Civil Veterinary Dept. Assam report 1911-1927 - 1911-1927
Year: 1911
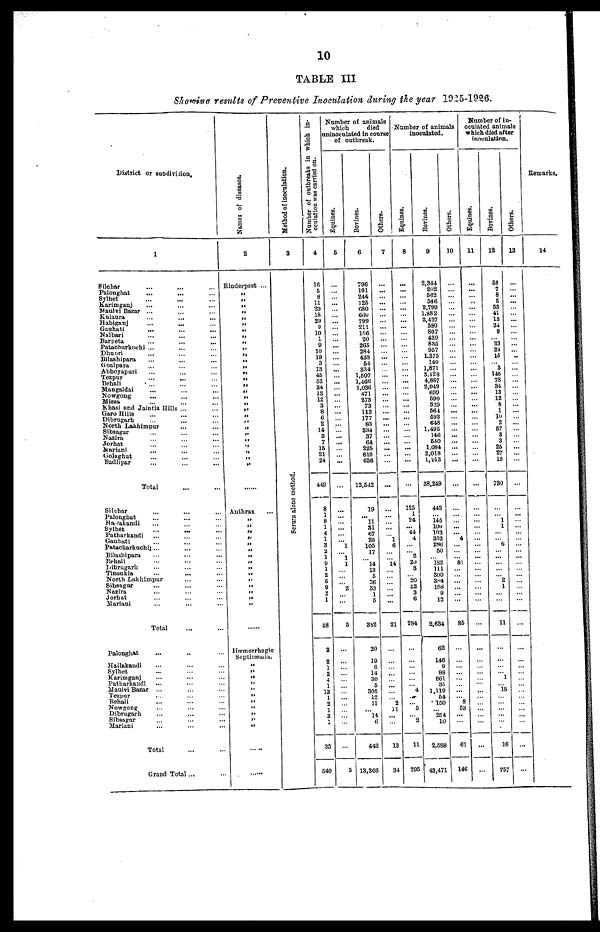
10
TABLE III
Showing results of Preventive Inoculation during the year 1925-1926.
District or subdivision.
1
Silchar … … …
Palonghat … … …
Sylhet … … …
Karimganj … … …
Maulvi Bazar ... … …
Kulaura … … … …
Habiganj … … …
Nalbari … … …
Barpeta … … …
Patacharkuchi ... … …
Dhubri
... … …
Bilashipara … … …
Goalpara … … …
Abhoyapuri … … …
Tezpur … … …
Behali … … …
Mangaldai … … …
Nowgong … … …
Missa … … …
Khasi and Jaintia Hills ... … …
Garo Hills … … …
Dibrugarh … … …
North Lakhimpur … …
Sibsagar … … …
Nazira … … …
Jorhat
...
…
...
Mariani … … …
Golaghat
...
...
...
Badlipar … … …
Total ... ...
Silchar … … …
Palonghat … … …
Haiakandi … … …
Sylhet … … …
Patharkandi … … …
Gauhati … … …
Patacharkuchi ... … …
Bilashipara … … …
Behali … … …
Librugarh … … …
Tinsukia … … …
North Lakhimpur … …
Sibsagar … … …
Nazira … … …
Jorhat … … …
Mariani … … …
Total
Palonghat … … …
Hailakandi … … …
Sylhet … … …
Karimganj … … …
Patharkandi … … …
Maulvi Bazar ... … …
Tezpur … … …
Behali … … …
Nowgong … … …
Dibrugarh … … …
Sibsagar … … …
Mariani … … …
Total ... ...
Grand Total ... ...
Na me s of di s eas es .
2
Rinderpest ...
„
„
„
„
„
„
„
„
„
......
Anthrax ...
Hæmorrhagic
Septicæmia.
......
......
Method of inoculation.
3
…
Serum al one met hod.
Number of outbreaks in which in-
oculation was carried on.
4
16
5
8
11
29
18
23
9
10
1
9
10
19
3
13
45
62
34
13
12 3
8
6
2
14
3 7
16
21
24
449
8
1
8
1
4
1
3
2
1
9
1
2
5
9
2
1
58
2
2
1
2
4
1
13
1
2
1
3
1
33
540
Number of animals
which
died
unioculated in course
of outbreak.
Equines.
5
…
…
…
…
…
…
…
…
…
…
…
…
…
…
…
...
…
…
…
…
...
1
...
1
1
...
...
...
2
...
...
5
...
...
...
...
...
...
...
...
...
...
...
...
...
5
Bovines.
6
706
1,036
471
273
73
113
177
83
334
37
64
225
810
636
12,542
19
11
81
67
25
105
17
...
14
13
5
36
33
5
382
20
10
6
14
30
5
305
12
41
...
14
6
442
13,366
Others.
7
…
…
…
…
… ... …
…
…
…
…
…
…
… ...
...
…
…
…
…
1
6
...
...
14
...
...
...
...
...
...
21
...
...
...
...
...
...
...
...
2
11
...
...
13
34
Number of animals
inoculated.
Equines.
8
…
…
…
…
… ... …
…
…
…
…
…
…
… ...
125
1
24
... 44
4
...
...
2
20
3
20
32
3
6
284
...
...
...
...
...
...
4
...
...
5
...
2
11
205
Bovines.
9
2,344
262
562
546
2,799
1.882
2,427
380
807
439
835
957
1,375
140
1,871
3.128
4,867
2,049
699
590
329
564 593
648
1,495
146
540
1,084
2,018
1,913
38,249
442
145
100
103
352
286
50
...
182
111
300
384
158
9
12
2,634
62
146
9
88
661
30
1,110
54
150
254
10
2,588
43,471
Others.
10
...
…
…
…
… ...
…
…
…
…
…
…
…
… ...
...
…
…
…
…
4
...
...
...
81
...
...
...
...
...
...
86
...
...
...
...
...
8 53
...
...
61
146
Number of in-
oculated animals
which died after
inoculation.
Equines.
11
...
…
…
…
… ...
…
…
…
…
…
…
…
… ...
...
…
…
…
…
...
...
... ...
...
...
...
...
...
...
...
...
...
...
...
...
...
...
...
...
...
...
...
...
Bovines.
12
58
7
8
5
53
41
13
34
9
... 23
24
15
3
146
78
34
13
12
8
1
... 10
2
67
3
3
26
27
13
780
...
...
1
1
...
...
6
...
...
... ...
...
...
2
1
...
...
11
...
...
...
...
1
...
16
...
...
...
...
...
16
757
Others.
13
...
…
…
…
… ... …
…
…
…
…
…
…
… ...
...
…
…
…
…
...
...
...
... ...
...
...
...
...
...
...
...
...
...
...
...
...
...
...
...
...
...
...
...
...
...
Remarks.
14